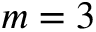
m = 3